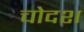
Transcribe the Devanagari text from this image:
चोदश